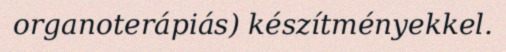
organoterápiás) készítményekkel.